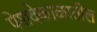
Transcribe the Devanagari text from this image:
पेशवेकाळातील